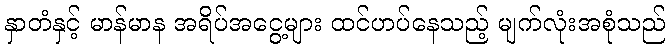
နှာတံနှင့် မာန်မာန အရိပ်အငွေ့များ ထင်ဟပ်နေသည့် မျက်လုံးအစုံသည်